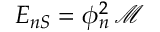
E _ { n S } = \phi _ { n } ^ { 2 } \, \mathcal { M }